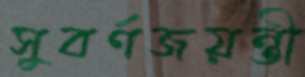
সুবর্ণজয়ন্তী